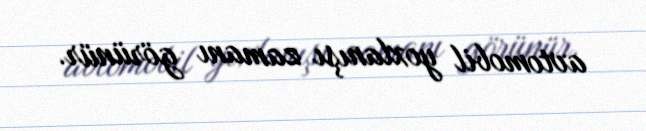
avtomobil yoxlanışı zamanı görünür.